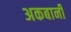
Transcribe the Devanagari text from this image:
अकबानी